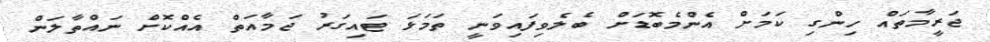
ޖަރީމާތައް ހިންގި ކަމަށް އެންމެބޮޑަށް ބެލެވިފައިވަނީ ތަމަޅަ ޓައިގަރު ޖަމާއަތް އެއްކޮށް ނައްތާލަން